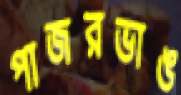
পাজরভাঙ